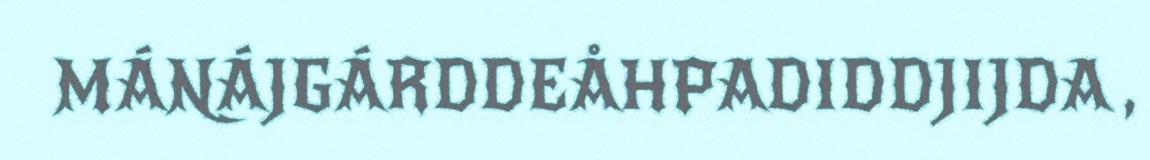
MÁNÁJGÁRDDEÅHPADIDDJIJDA ,